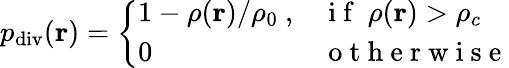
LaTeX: p_{\mathrm{div}}(\mathbf{r})=\left\{ \begin{array}{ll}{1-\rho(\mathbf{r})/\rho_{0}\ ,}&{\mathrm{~i~f~}\ \rho(\mathbf{r})>\rho_{c}}\\ {0\, }&{\mathrm{~o~t~h~e~r~w~i~s~e~}}\end{array}\right.